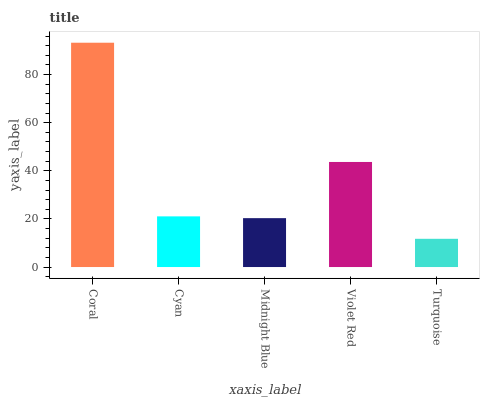
| xaxis_label | bars |
 | --- | --- |
 | Coral | 93.3 |
 | Cyan | 21.1 |
 | Midnight Blue | 20.3 |
 | Violet Red | 43.7 |
 | Turquoise | 11.7 |